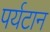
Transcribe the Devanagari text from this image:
पर्यटान